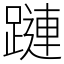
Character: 蹥